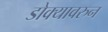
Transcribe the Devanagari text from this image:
डोक्यावरुन